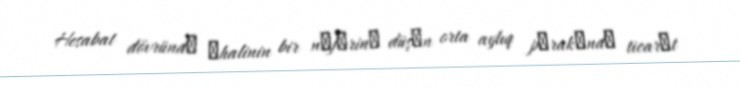
Hesabat dövründә әhalinin bir nәfәrinә düşәn orta aylıq pәrakәndә ticarәt